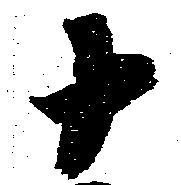
十